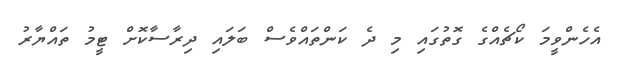
އެހެންވީމަ ކޯޗެއްގެ ގޮތުގައި މި ދެ ކަންތައްވެސް ބަލައި ދިރާސާކޮށް ޓީމު ތައްޔާރު